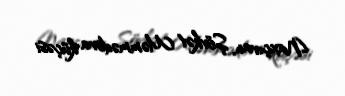
Naxçıvan, Şövkət Məmmədova küçəsi